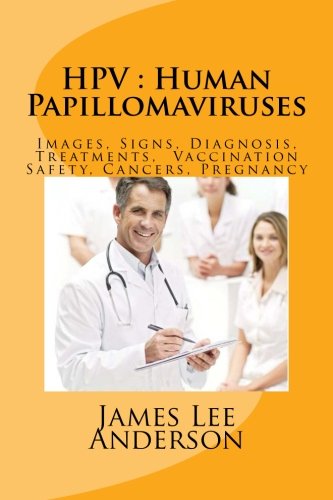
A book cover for HPV: Human Papillomaviruses: Images, Signs, Diagnosis, Treatments,  Vaccination Safety, Cancers, Pregnancy; James Lee Anderson; Health, Fitness & Dieting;